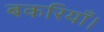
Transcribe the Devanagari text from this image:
बकरियाँ।